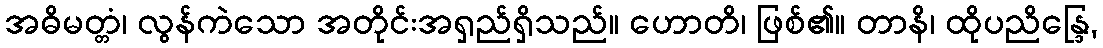
အဓိမတ္တံ၊ လွန်ကဲသော အတိုင်းအရှည်ရှိသည်။ ဟောတိ၊ ဖြစ်၏။ တာနိ၊ ထိုပညိန္ဒြေ,